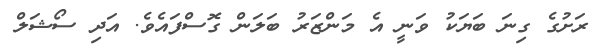
ރަށުގެ ގިނަ ބަޔަކު ވަނީ އެ މަންޒަރު ބަލަން ގޮސްފައެވެ. އަދި ސޯޝަލް